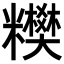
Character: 𥽢